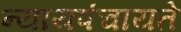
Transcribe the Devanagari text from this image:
न्यायपंचायते